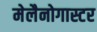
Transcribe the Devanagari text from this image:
मेलैनोगास्टर